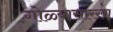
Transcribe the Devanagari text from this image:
गोळ्यासारखा